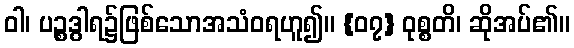
ဝါ၊ ပဉ္စဒွါရ၌ဖြစ်သောအသံဝရဟူ၍။ {၀၇} ဝုစ္စတိ၊ ဆိုအပ်၏။